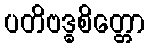
ပတိဗဒ္ဓစိတ္တော